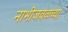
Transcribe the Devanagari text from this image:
नाभीजवळच्या